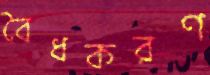
বৈধকরণ